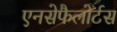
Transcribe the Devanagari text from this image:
एनसेफैलोर्टस